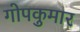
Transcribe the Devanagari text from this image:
गोपकुमार